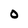
Character: 0